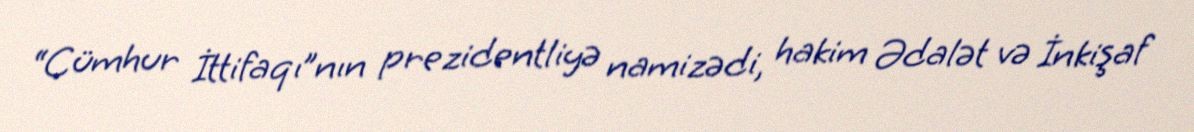
“Cümhur İttifaqı”nın prezidentliyə namizədi, hakim Ədalət və İnkişaf